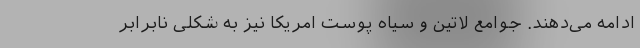
ادامه می‌دهند. جوامع لاتین و سیاه پوست امریکا نیز به شکلی نابرابر